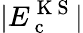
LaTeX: |E_{\mathrm{~c~}}^{\mathrm{~K~S~}}|